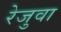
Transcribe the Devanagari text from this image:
रेजुवा